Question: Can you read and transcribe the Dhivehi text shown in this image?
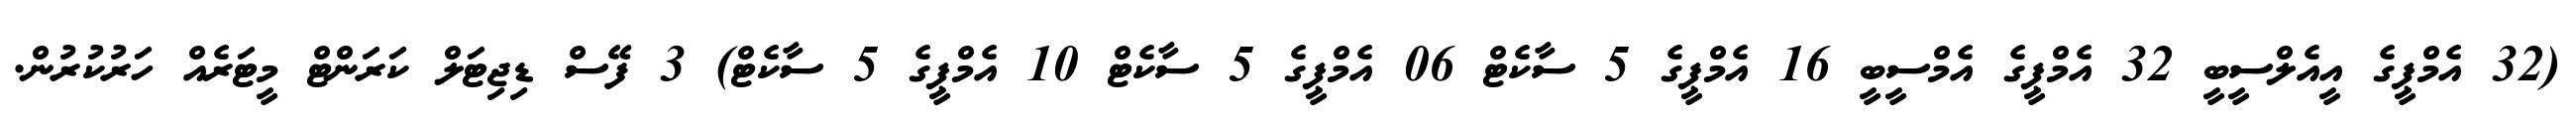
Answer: (32 އެމްޕީގެ އީއެލްސީބީ 32 އެމްޕީގެ އެމްސީބީ 16 އެމްޕީގެ 5 ސާކެޓް 06 އެމްޕީގެ 5 ސާކެޓް 10 އެމްޕީގެ 5 ސާކެޓް) 3 ފޭސް ޑިޖިޓަލް ކަރަންޓް މީޓަރެއް ހަރުކުރުން.